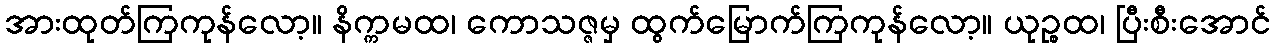
အားထုတ်ကြကုန်လော့။ နိက္ကမထ၊ ကောသဇ္ဇမှ ထွက်မြောက်ကြကုန်လော့။ ယုဉ္စထ၊ ပြီးစီးအောင်